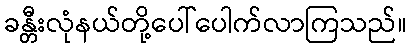
ခန္တီးလုံနယ်တို့ပေါ်ပေါက်လာကြသည်။